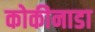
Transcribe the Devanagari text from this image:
कोकीनाडा